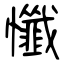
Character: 懺